Scottish Certificate of Education, 1962
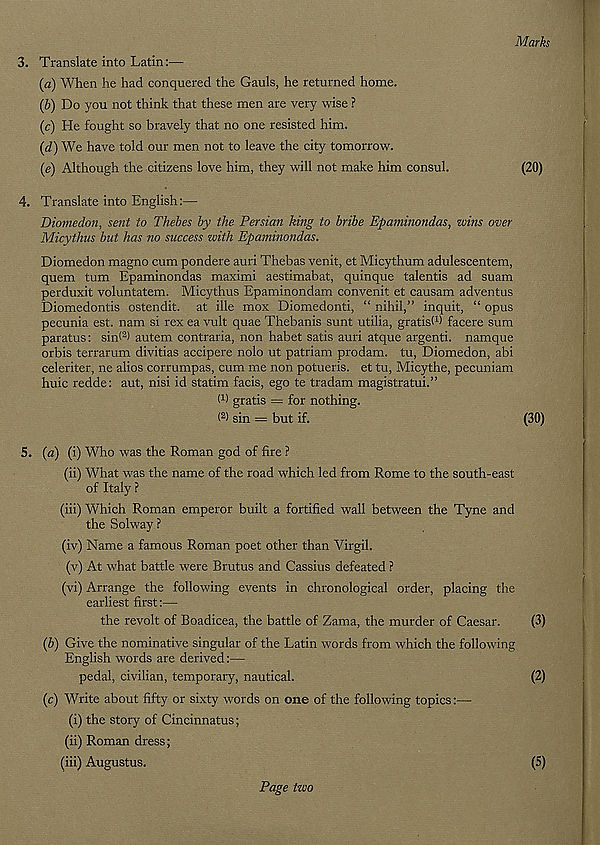
Marks
3. Translate into Latin:—
{a) When he had conquered the Gauls, he returned home.
{b) Do you not think that these men are very wise ?
(c) He fought so bravely that no one resisted him.
(d) We have told our men not to leave the city tomorrow.
(e) Although the citizens love him, they will not make him consul.
(20)
4. Translate into English:—
Diomedon, sent to Thebes by the Persian king to bribe Epaminondas, wins over
Micythus but has no success with Epaminondas.
Diomedon magno cum pondere auri Thebas venit, et Micythum adulescentem,
quem turn Epaminondas maximi aestimabat, quinque talentis ad suam
perduxit voluntatem. Micythus Epaminondam convenit et causam adventus
Diomedontis ostendit. at ille mox Diomedonti, “ nihil,” inquit, “ opus
pecunia est. nam si rex ea vult quae Thebanis sunt utilia, gratisW facere sum
paratus: sin* 2 ) autem contraria, non habet satis auri atque argenti. namque
orbis terrarum divitias accipere nolo ut patriam prodam. tu, Diomedon, abi
celeriter, ne alios corrumpas, cum me non potueris. et tu, Micythe, pecuniam
huic redde: aut, nisi id statim facis, ego te tradam magistratui.”
W gratis = for nothing.
( 2 > sin = but if.
(30)
5. {a) (i) Who was the Roman god of fire ?
(ii) What was the name of the road which led from Rome to the south-east
of Italy ?
(iii) Which Roman emperor built a fortified wall between the Tyne and
the Solway ?
(iv) Name a famous Roman poet other than Virgil.
(v) At what battle were Brutus and Cassius defeated ?
(vi) Arrange the following events in chronological order, placing the
earliest first:—-
the revolt of Boadicea, the battle of Zama, the murder of Caesar.
(3)
(b) Give the nominative singular of the Latin words from which the following
English words are derived:—•
pedal, civilian, temporary, nautical.
(2)
(c) Write about fifty or sixty words on one of the following topics:—
(i) the story of Cincinnatus;
(ii) Roman dress;
(iii) Augustus.
(5)
Page two